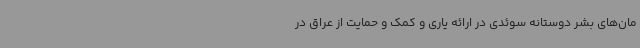
مان‌های بشر دوستانه سوئدی در ارائه یاری و کمک و حمایت از عراق در